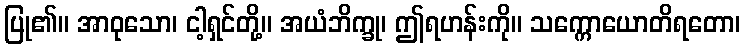
ပြု၏။ အာဝုသော၊ ငါ့ရှင်တို့။ အယံဘိက္ခု၊ ဤရဟန်းကို။ သက္ကောယောတိရတော၊